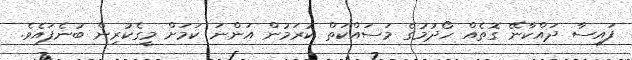
ފައިސާ ދައްކާނޭ ގޮތެއް ހޯދުމުގެ މަސައްކަތް ކުރަމުން އަންނަ ކަމަށް މީގެކުރިން ބުނެފައެވެ.